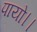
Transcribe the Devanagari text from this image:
पायो।।